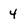
Character: 4